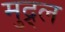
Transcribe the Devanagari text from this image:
मुद्र्ल